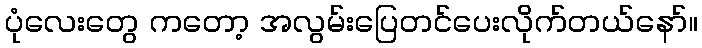
ပုံလေးတွေ ကတော့ အလွမ်းပြေတင်ပေးလိုက်တယ်နော်။